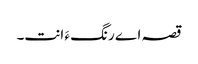
قصہ اے رنگ ءَ انت۔